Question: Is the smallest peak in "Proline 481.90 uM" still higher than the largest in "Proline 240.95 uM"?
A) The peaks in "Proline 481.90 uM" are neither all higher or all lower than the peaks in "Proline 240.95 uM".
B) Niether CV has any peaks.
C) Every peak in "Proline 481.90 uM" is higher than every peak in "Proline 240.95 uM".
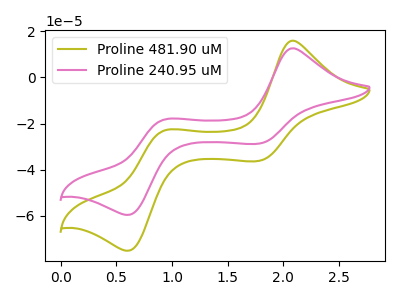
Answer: <think>The olive curve "Proline 481.90 uM" has anodic peaks at (2.10V, 15.85uA) (0.95V, -22.90uA) and cathodic peaks at (1.80V, -36.20uA) (0.60V, -75.10uA). The pink curve "Proline 240.95 uM" has anodic peaks at (2.10V, 12.60uA) (0.95V, -18.15uA) and cathodic peaks at (1.80V, -28.70uA) (0.60V, -59.55uA).</think>
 <answer>A) The peaks in "Proline 481.90 uM" are neither all higher or all lower than the peaks in "Proline 240.95 uM".</answer>
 <eval>A</eval>